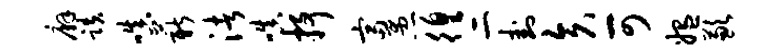
廨跌嗔薪渚嗔抒富愚徨二卦矢可媪歉